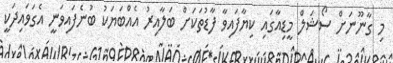
މި ގާނޫނަށް ސޯޝަލް މީޑިއާގައި ކިޔާފައިވާ ފާޑުތަކަށް ބަލާއިރު އެއްބަޔަކު ބުނެފައިވަނީ އެގަވައިދަކީ